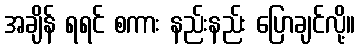
အချိန် ရရင် စကား နည်းနည်း ပြောချင်လို့။